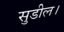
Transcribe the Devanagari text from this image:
सुडील।